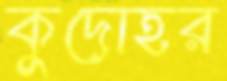
কুদোহর